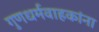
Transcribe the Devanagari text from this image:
गुणधर्मवाहकांना